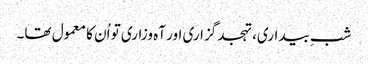
شبِ بیداری، تہجد گزاری اور آہ وزاری تو اُن کا معمول تھا۔